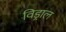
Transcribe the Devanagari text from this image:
विड्राल